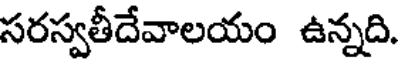
సరస్వతీదేవాలయం ఉన్నది.